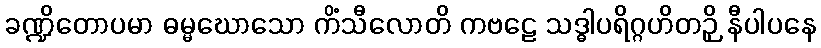
ခဏ္ဍိတောပမာ ဓမ္မဃောသော ကိံသီလောတိ ကဗဠေ သဒ္ဓါပရိဂ္ဂဟိတဉှိ နီပါပနေ